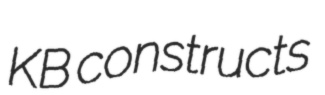
KB constructs